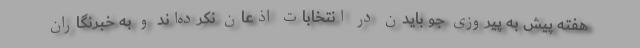
هفته پیش به پیروزی جو بایدن در انتخابات اذعان نکرده‌اند و به خبرنگاران